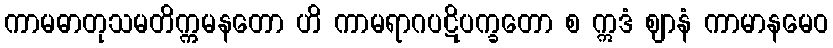
ကာမဓာတုသမတိက္ကမနတော ဟိ ကာမရာဂပဋိပက္ခတော စ ဣဒံ ဈာနံ ကာမာနမေဝ